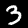
Label: 3